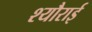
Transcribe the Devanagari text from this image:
श्यौराई